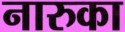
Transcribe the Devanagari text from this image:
नारुका